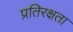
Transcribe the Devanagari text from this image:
प्रतिरक्षता